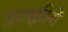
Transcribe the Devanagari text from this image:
तारापद्धतियों